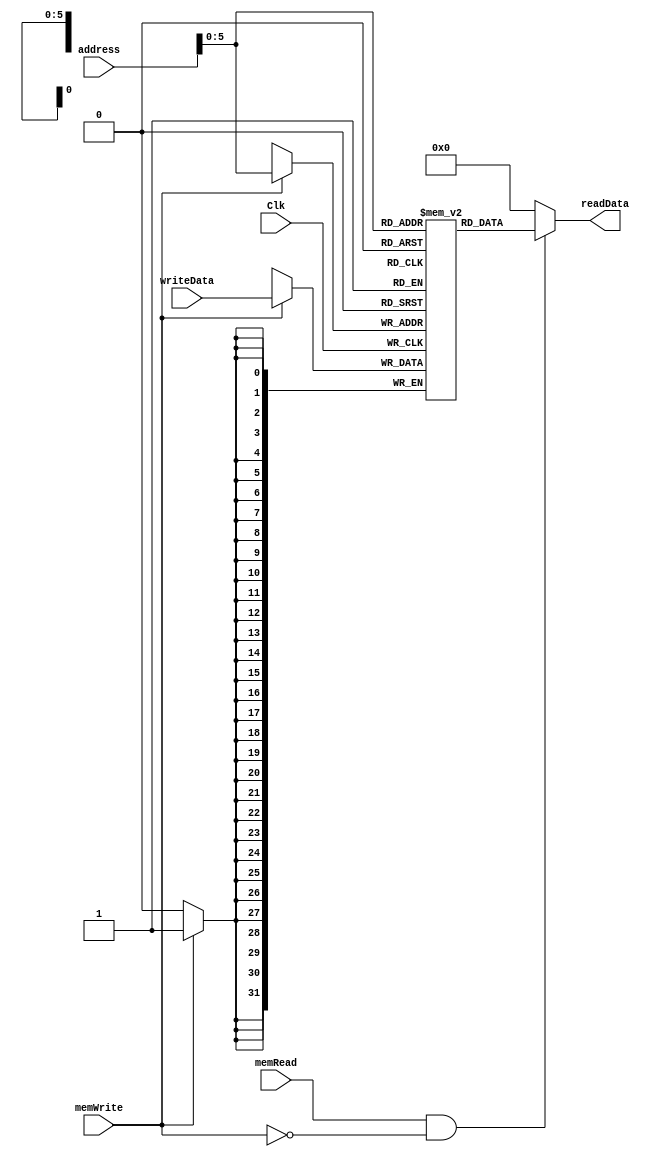
`timescale 1ns / 1ps
//////////////////////////////////////////////////////////////////////////////////
// Company: 
// Engineer: 
// 
// Design Name: 
// Module Name: datamemory
// Project Name: 
// Target Devices: 
// Tool Versions: 
// Description: 
// 
// Dependencies: 
// 
// Revision:
// Revision 0.01 - File Created
// Additional Comments:
// 
//////////////////////////////////////////////////////////////////////////////////


module datamemory(
    address,
     writeData,
    readData,
     Clk,
     memWrite,
     memRead
    );
    input [31:0] address;
    input [31:0] writeData;
    input Clk;
    input memWrite;
    input memRead;
    output reg [31:0] readData;
    reg [31:0] memFile[0:63];
    initial begin
    memFile[1]=1;
    end
always @ (address or memRead or memWrite)
   begin
      if (memRead && !memWrite)
      readData = memFile[address];
   else
       readData = 0;
end
always @ (negedge Clk)
   begin
      if (memWrite)
         memFile[address] = writeData;
    end
endmodule